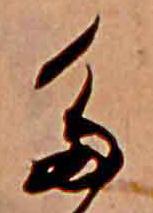
た